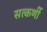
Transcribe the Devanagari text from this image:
सत्कर्णी